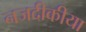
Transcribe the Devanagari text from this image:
नजदीकीया